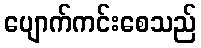
ပျောက်ကင်းစေသည်